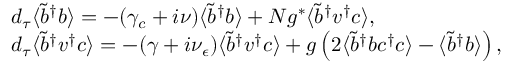
\begin{array} { r l } & { d _ { \tau } \langle \tilde { b } ^ { \dagger } b \rangle = - ( \gamma _ { c } + i \nu ) \langle \tilde { b } ^ { \dagger } b \rangle + N g ^ { * } \langle \tilde { b } ^ { \dagger } v ^ { \dagger } c \rangle , } \\ & { d _ { \tau } \langle \tilde { b } ^ { \dagger } v ^ { \dagger } c \rangle = - ( \gamma + i \nu _ { \epsilon } ) \langle \tilde { b } ^ { \dagger } v ^ { \dagger } c \rangle + g \left( 2 \langle \tilde { b } ^ { \dagger } b c ^ { \dagger } c \rangle - \langle \tilde { b } ^ { \dagger } b \rangle \right) , } \end{array}